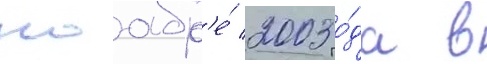
ноабр'е́ 2003 го́да в